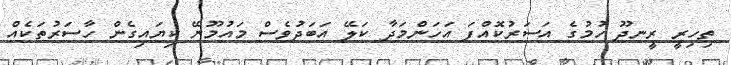
ތިހިރީ ރީނދޫ ހުމުގެ އަސަރުކޮއްފަ އަހަންމަދާ ކަލޭ އަބަދުވެސް މައުމޫނޭ ކިޔައިގެން ހާސަރުތަކެއް